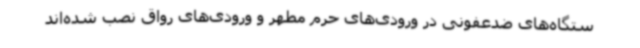
ستگاه‌های ضدعفونی در ورودی‌های حرم مطهر و ورودی‌های رواق نصب شده‌اند